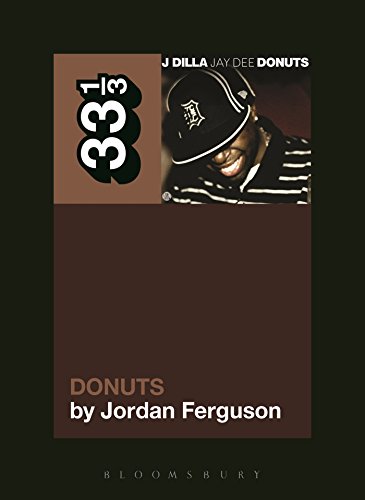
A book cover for J Dilla's Donuts (33 1/3); Jordan Ferguson; Arts & Photography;